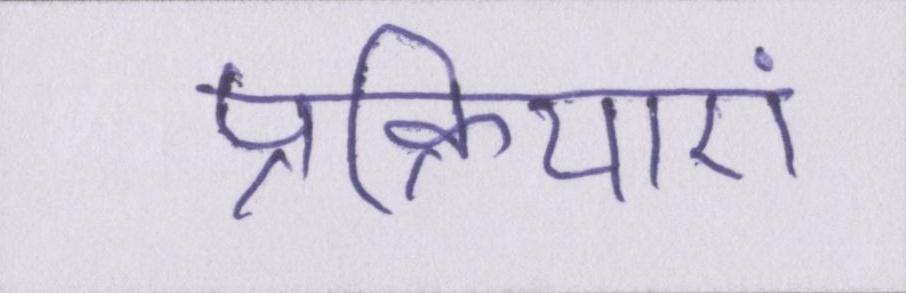
प्रक्रियाएं